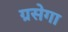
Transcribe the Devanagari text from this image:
ग्रसेगा